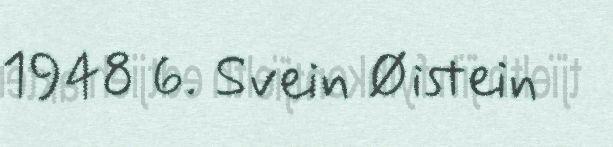
1948 6. Svein Øistein